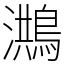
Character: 𪃡